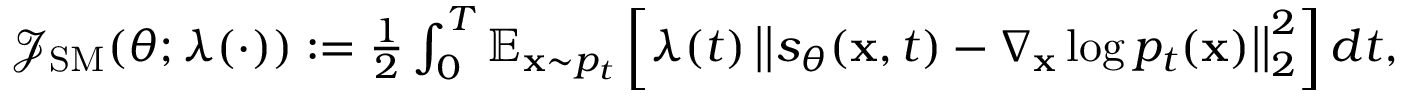
\begin{array} { r } { \mathcal { J } _ { \mathrm { S M } } ( \theta ; \lambda ( \cdot ) ) : = \frac { 1 } { 2 } \int _ { 0 } ^ { T } \mathbb { E } _ { \mathbf { x } \sim p _ { t } } \left[ \lambda ( t ) \left| \left| s _ { \theta } ( \mathbf { x } , t ) - \nabla _ { \mathbf { x } } \log p _ { t } ( \mathbf { x } ) \right| \right| _ { 2 } ^ { 2 } \right] d t , } \end{array}